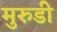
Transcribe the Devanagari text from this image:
मुरुडी